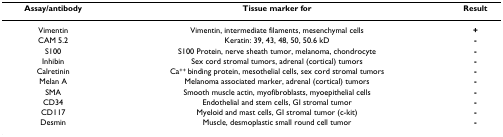
<table><thead><tr><td><b>Assay/antibody</b></td><td><b>Tissue marker for</b></td><td><b>Result</b></td></tr></thead><tbody><tr><td>Vimentin</td><td>Vimentin, intermediate filaments, mesenchymal cells</td><td><b>+</b></td></tr><tr><td>CAM 5.2</td><td>Keratin: 39, 43, 48, 50, 50.6 kD</td><td><b>-</b></td></tr><tr><td>S100</td><td>S100 Protein, nerve sheath tumor, melanoma, chondrocyte</td><td><b>-</b></td></tr><tr><td>Inhibin</td><td>Sex cord stromal tumors, adrenal (cortical) tumors</td><td><b>-</b></td></tr><tr><td>Calretinin</td><td>Ca<sup>++ </sup>binding protein, mesothelial cells, sex cord stromal tumors</td><td><b>-</b></td></tr><tr><td>Melan A</td><td>Melanoma associated marker, adrenal (cortical) tumors</td><td><b>-</b></td></tr><tr><td>SMA</td><td>Smooth muscle actin, myofibroblasts, myoepithelial cells</td><td><b>-</b></td></tr><tr><td>CD34</td><td>Endothelial and stem cells, GI stromal tumor</td><td><b>-</b></td></tr><tr><td>CD117</td><td>Myeloid and mast cells, GI stromal tumor (c-kit)</td><td><b>-</b></td></tr><tr><td>Desmin</td><td>Muscle, desmoplastic small round cell tumor</td><td><b>-</b></td></tr></tbody></table>